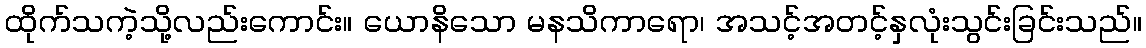
ထိုက်သကဲ့သို့လည်းကောင်း။ ယောနိသော မနသိကာရော၊ အသင့်အတင့်နှလုံးသွင်းခြင်းသည်။